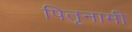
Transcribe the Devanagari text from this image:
पितृनामी